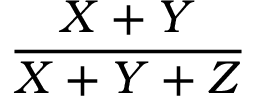
\frac { X + Y } { X + Y + Z }